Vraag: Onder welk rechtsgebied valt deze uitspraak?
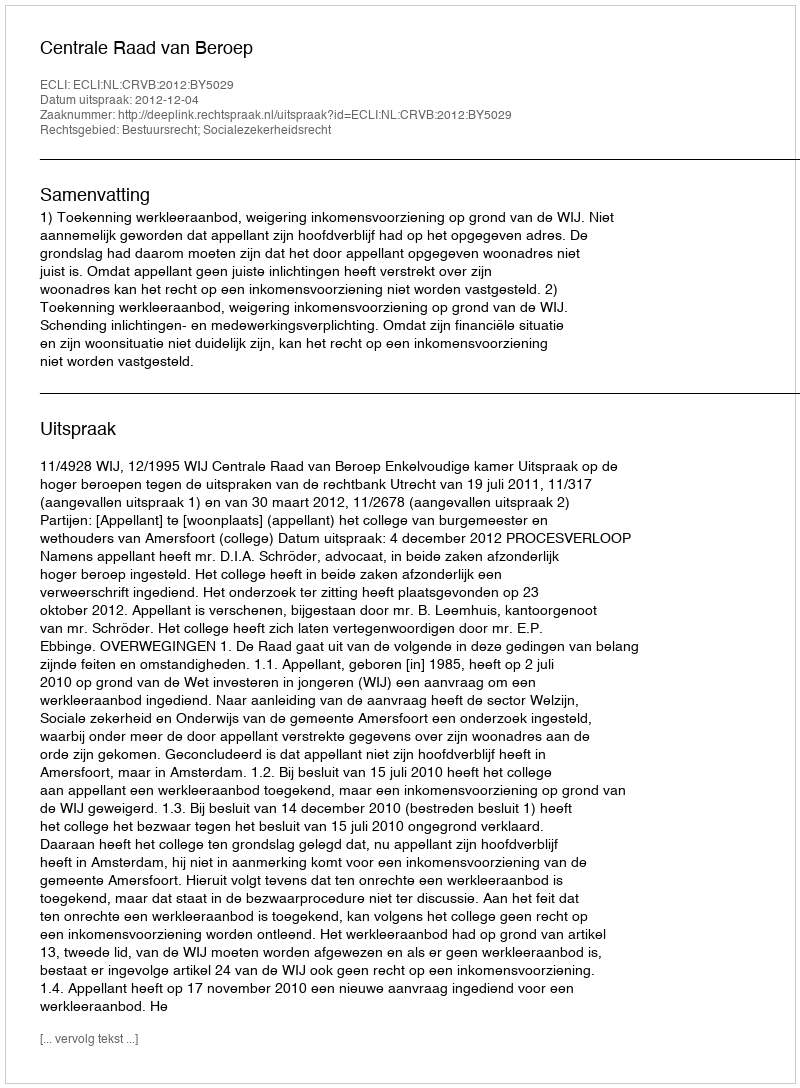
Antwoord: Bestuursrecht; Socialezekerheidsrecht